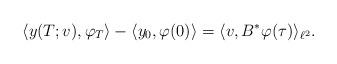
LaTeX: \begin{align*}\langle y(T;v),\varphi_T\rangle-\langle y_0,\varphi(0)\rangle=\langle v,B^*\varphi(\tau)\rangle_{\ell^2} .\end{align*}